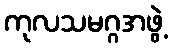
ကုလသမဂ္ဂအဖွဲ့